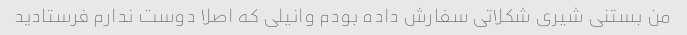
من بستنی شیری شکلاتی سفارش داده بودم وانیلی که اصلا دوست ندارم فرستادید